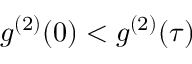
g ^ { ( 2 ) } ( 0 ) < g ^ { ( 2 ) } ( \tau )